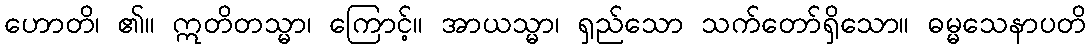
ဟောတိ၊ ၏။ ဣတိတသ္မာ၊ ကြောင့်။ အာယသ္မာ၊ ရှည်သော သက်တော်ရှိသော။ ဓမ္မသေနာပတိ